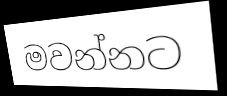
මවන්නට